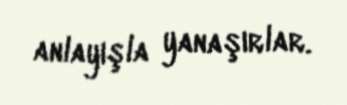
anlayışla yanaşırlar.